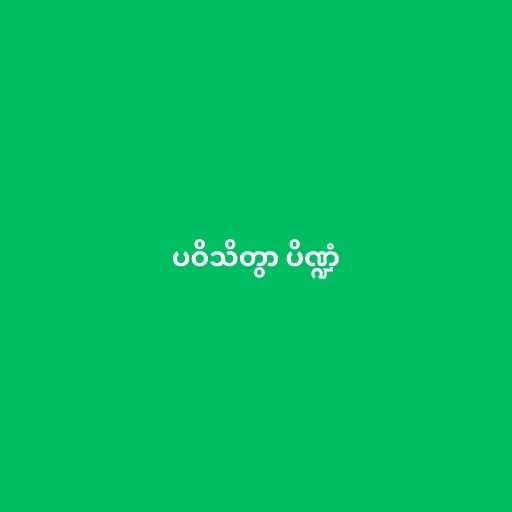
ပဝိသိတွာ ပိဏ္ဍံ